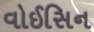
વોઈસિન